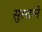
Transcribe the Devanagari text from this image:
सुस्ताने